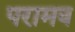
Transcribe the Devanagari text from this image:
परामव